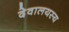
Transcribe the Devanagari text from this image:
देवालयस्य